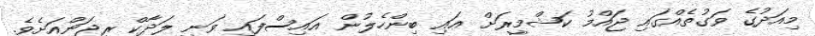
މިއަދުގެ ވަގުތެއްގައި ޖައްމު ކަޝްމީރަށް އައި ބިންހެލުން އައިސްފައި ވަނީ ލަދާކް ރީޖަންއަށެވެ.